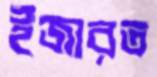
ইজারত